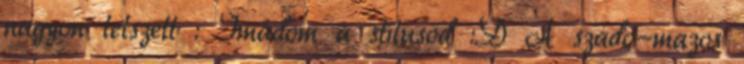
nagyon tetszett : Imádom a stílusod :D A szado-mazos